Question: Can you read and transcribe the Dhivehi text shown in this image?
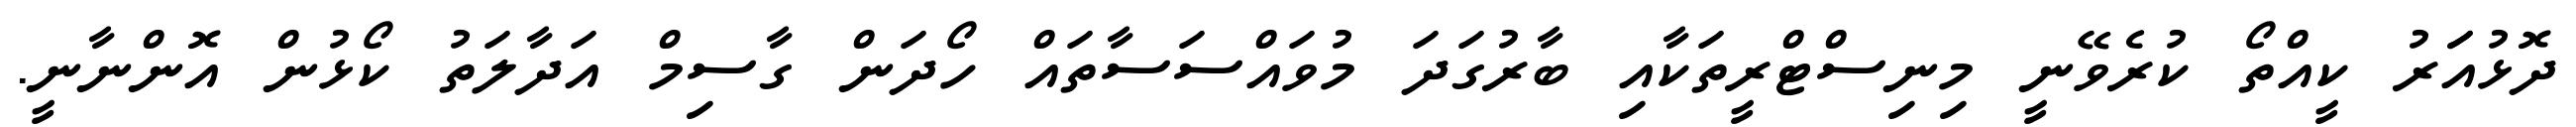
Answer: ދޮޅުއަަރު ކީއްތޯ ކުރެވޭނީ މިނިސްޓްރީތަކާއި ބާރުގަދަ މުވައްސަސާތައް ހޯދަން ގާސިމް އަދާލަތު ކޯޅުން އޮންނާނީ.